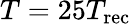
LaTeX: T=25T_{\mathrm{rec}}